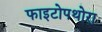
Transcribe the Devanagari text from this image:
फाइटोपथोरा